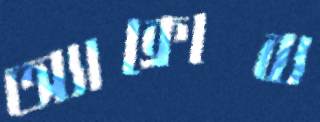
অ্যাক্রোব্য